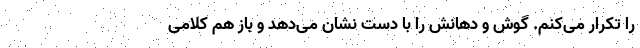
را تکرار می‌کنم. گوش و دهانش را با دست نشان می‌دهد و باز هم کلامی